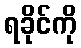
ရခိုင်ကို